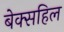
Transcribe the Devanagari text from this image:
बेक्सहिल